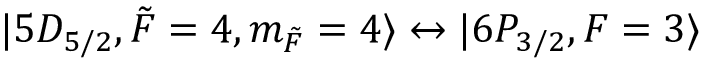
\lvert 5 D _ { 5 / 2 } , \Tilde { F } = 4 , m _ { \Tilde { F } } = 4 \rangle \leftrightarrow \lvert 6 P _ { 3 / 2 } , F = 3 \rangle